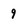
Character: 9